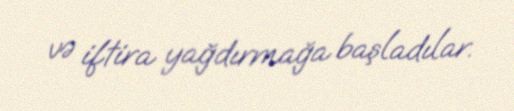
və iftira yağdırmağa başladılar.